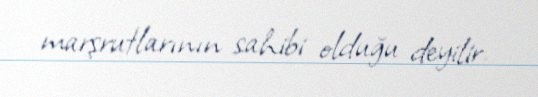
marşrutlarının sahibi olduğu deyilir.